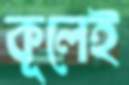
কূলেই